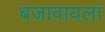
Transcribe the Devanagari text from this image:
बजावायला